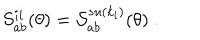
LaTeX: S _ { a b } ^ { i i } ( \theta ) = \mathcal { S } _ { a b } ^ { s u ( k _ { i } ) } ( \theta ) \; .